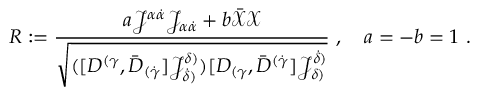
{ \cal R } : = \frac { a { \mathcal J } ^ { \alpha \dot { \alpha } } { \mathcal J } _ { \alpha \dot { \alpha } } + b \Bar { \mathcal { X } } \mathcal { X } } { \sqrt { ( [ D ^ { ( \gamma } , \bar { D } _ { ( \dot { \gamma } } ] { \mathcal J } ^ { \delta ) } _ { \dot { \delta } ) } ) [ D _ { ( \gamma } , \bar { D } ^ { ( \dot { \gamma } } ] { \mathcal J } _ { \delta ) } ^ { \dot { \delta } ) } } } ~ , \quad a = - b = 1 ~ .